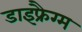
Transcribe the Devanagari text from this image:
डाइफ्रैग्म